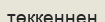
төккеннен